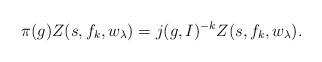
LaTeX: \begin{align*} \pi(g)Z(s,f_k,w_\lambda)=j(g,I)^{-k}Z(s,f_k,w_\lambda).\end{align*}